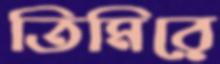
তিমিরে